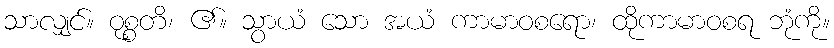
သာလျှင်။ ဝုစ္စတိ၊ ၏။ သွာယံ သော အယံ ကာမာဝစရော၊ ထိုကာမာဝစရ ဘုံကို။